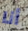
أنا